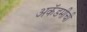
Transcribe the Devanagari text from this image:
अकॅडमीची